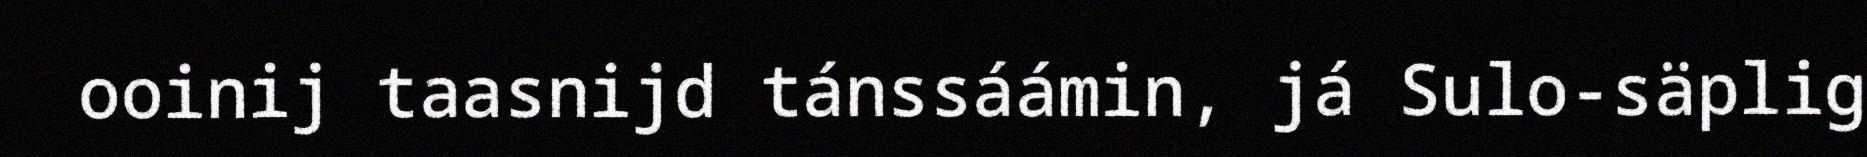
ooinij taasnijd tánssáámin, já Sulo-säplig